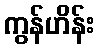
ကွန်ဟိန်း